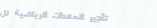
تأجير المعدات الرياضية لل